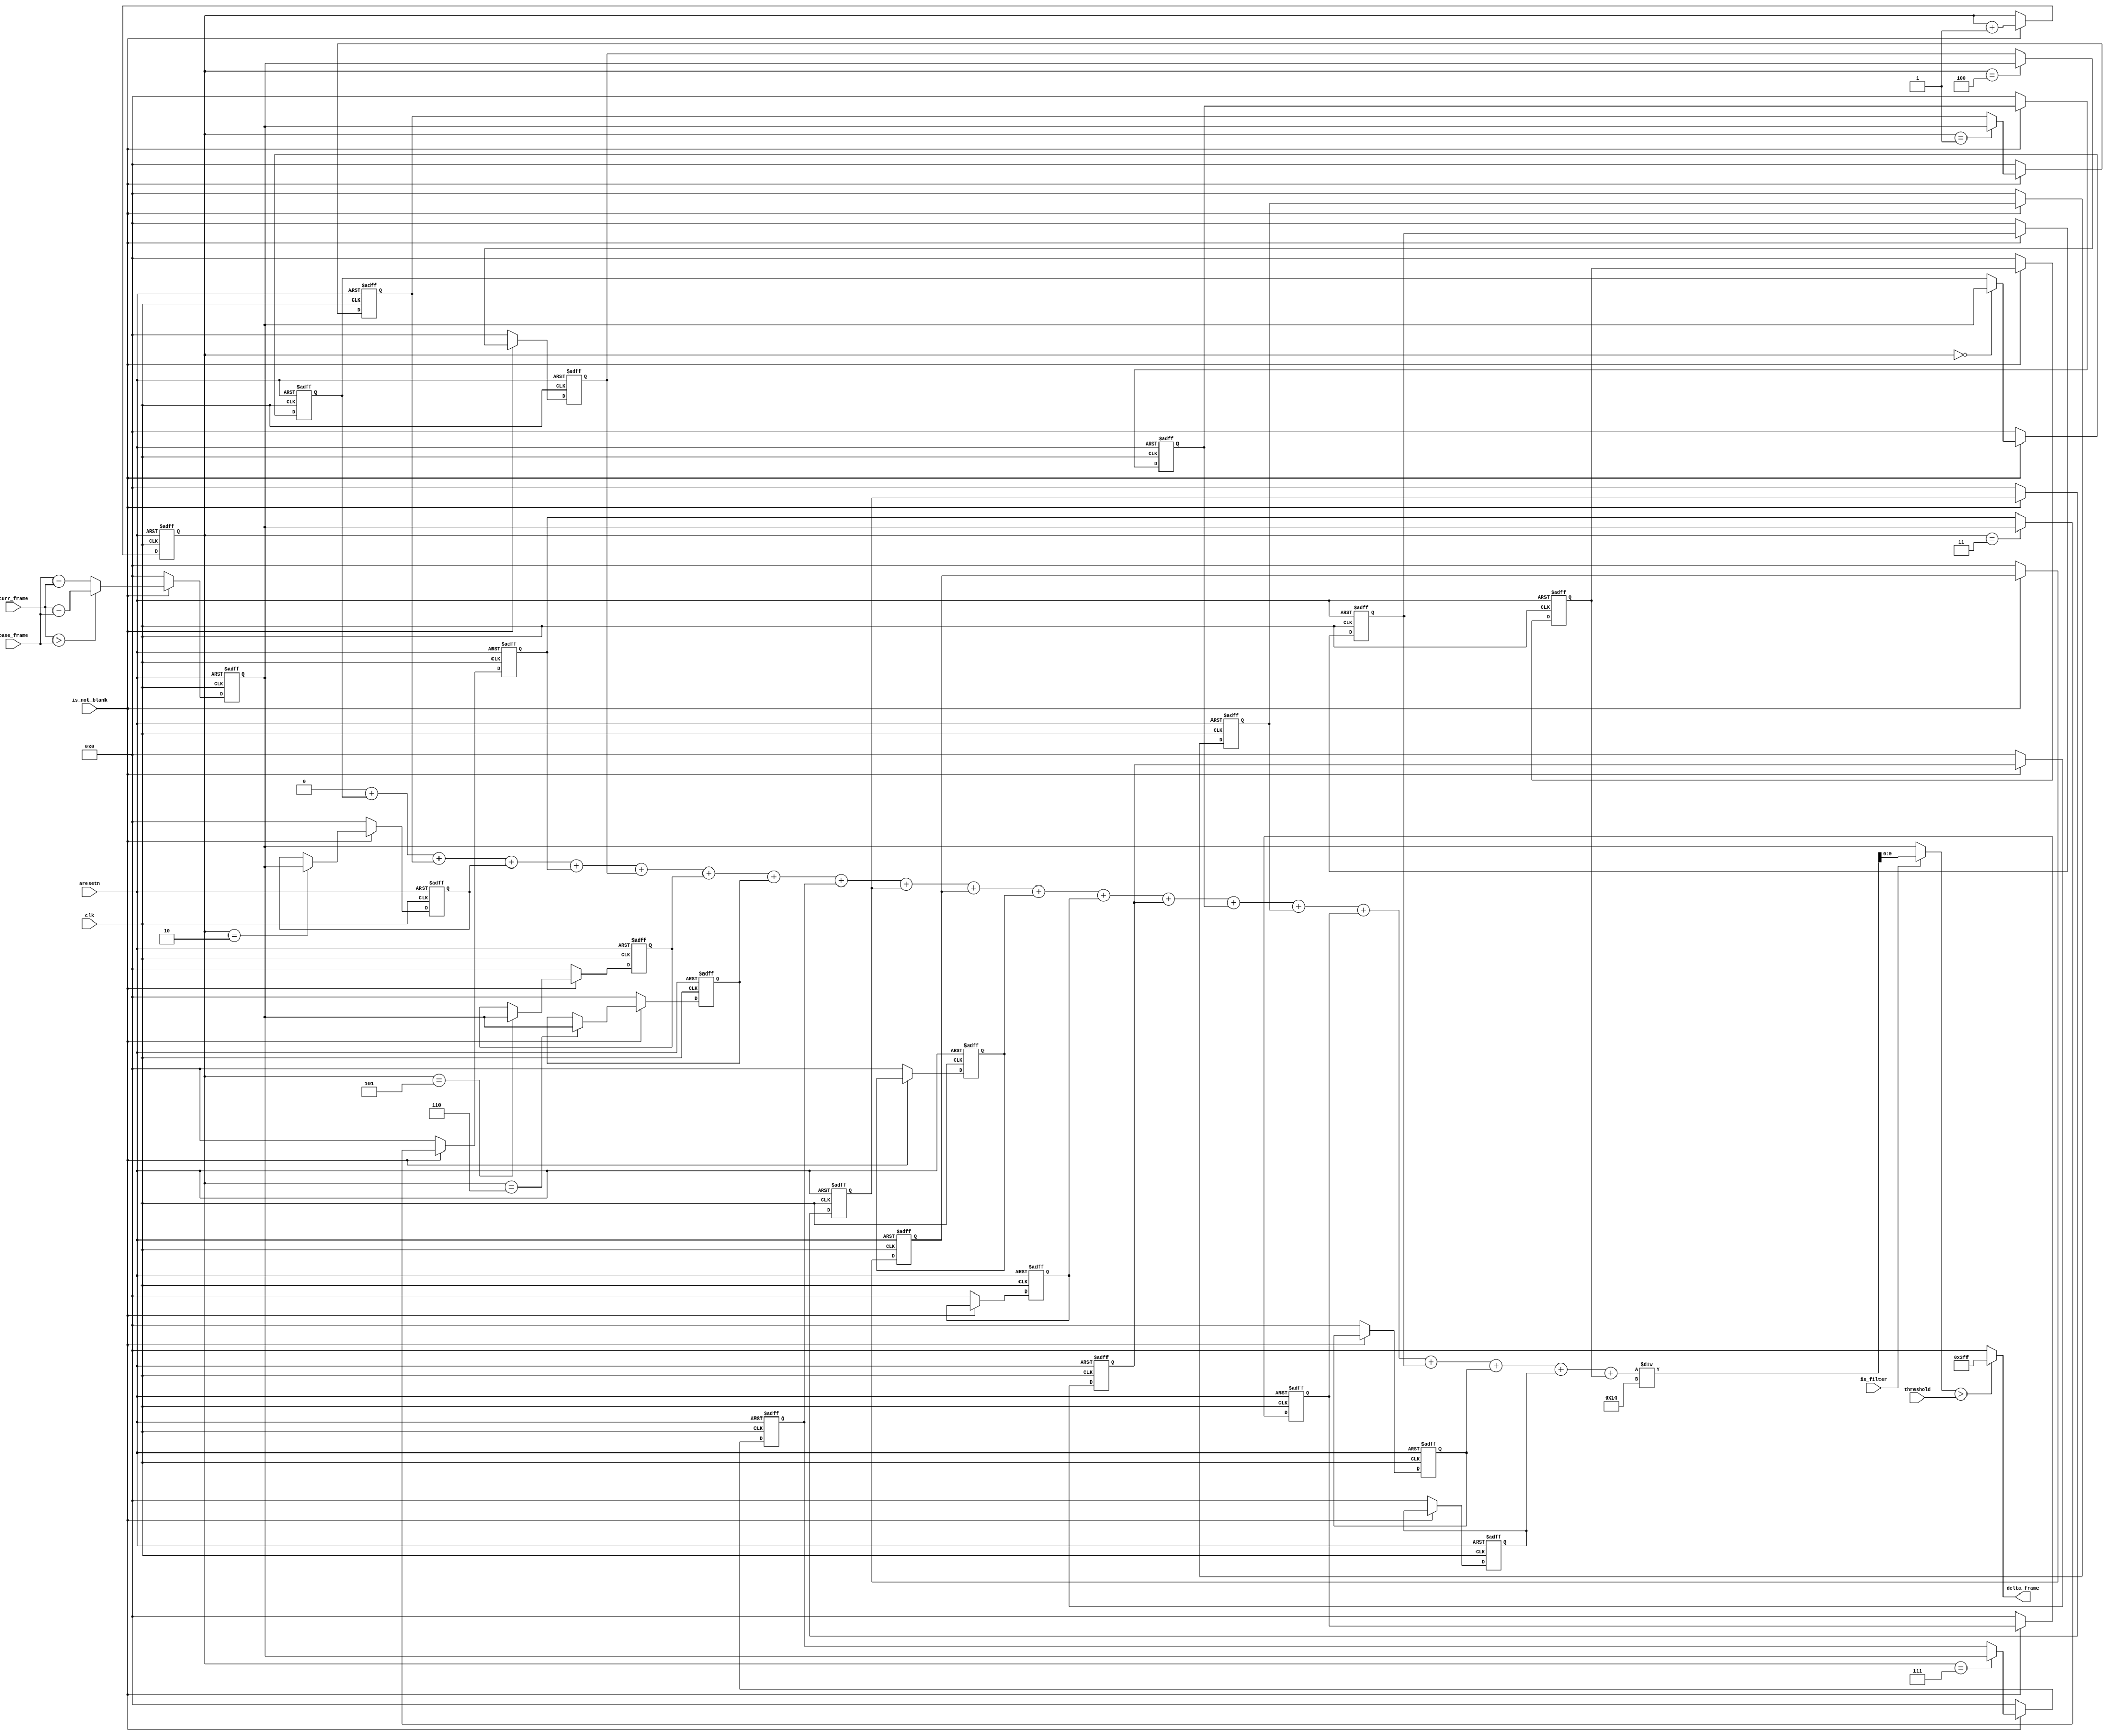
module delta_frame #(
	parameter COLOR_WIDTH   	  = 10,
	parameter FILTER_LENGTH 	  = 20,
	parameter CLOG2_FILTER_LENGTH = 5
)(
	// Control
	input wire 						clk,
	input wire 						aresetn,

	// Moving Average Filter
	input wire						is_filter,
	input wire 						is_not_blank,

	// Saturation Filter
	input wire [(COLOR_WIDTH-1):0]	threshold, 

	// Input Data
	input wire [(COLOR_WIDTH-1):0]	base_frame,
	input wire [(COLOR_WIDTH-1):0]	curr_frame,

	// Output Data
	output wire [(COLOR_WIDTH-1):0]	delta_frame
);

// Not totally sure if this is the right way, think its safe though
localparam SUM_LENGTH = CLOG2_FILTER_LENGTH + COLOR_WIDTH;

// Internal signals and variables
genvar 					 c;
integer 				 i;
reg  [2:0] 				 counter;
reg  [(COLOR_WIDTH-1):0] old [FILTER_LENGTH];
reg  [(SUM_LENGTH-1):0]  sum;
wire [(COLOR_WIDTH-1):0] avg;
reg  [(COLOR_WIDTH-1):0] int_delta_frame;
wire [(COLOR_WIDTH-1):0] comp_value;

// Saturation Filter
assign comp_value  = is_filter ? avg : int_delta_frame;
assign delta_frame = (comp_value > threshold) ? {COLOR_WIDTH{1'b1}} : {COLOR_WIDTH{1'b0}};

// Delta Frame
always @(posedge clk or negedge aresetn) begin
	if (~aresetn) 							int_delta_frame <= 'd0;
	else if (~is_not_blank)					int_delta_frame <= 'd0;
	else
		begin
			// Poor man's absolute value
			if (curr_frame > base_frame)	int_delta_frame <= curr_frame - base_frame;
			else 							int_delta_frame <= base_frame - curr_frame;
		end
end

// Moving Average Filter
always @(posedge clk or negedge aresetn) begin
	if (~aresetn) 						counter <= 'd0;
	else if (~is_not_blank)				counter <= counter;
	else if (counter == FILTER_LENGTH)	counter <= 'd0;
	else 		  						counter <= counter + 1;
end

generate 
	for (c = 0; c < FILTER_LENGTH; c = c + 1) begin: moving_avg_filter
		always @(posedge clk or negedge aresetn) begin
			if (~aresetn)			old[c] <= 'd0;
			else if (~is_not_blank)	old[c] <= 'd0;
			else if (counter == c)	old[c] <= int_delta_frame;
			else					old[c] <= old[c];
		end
	end
endgenerate

always @* begin
	sum = 'd0;
	for (i = 0; i < FILTER_LENGTH; i = i + 1)
		sum = sum + old[i];
end

assign avg = sum / FILTER_LENGTH;

endmodule